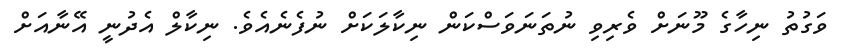
ވަގުތު ނިހާގެ މޫނަށް ވެރިވި ނުތަނަވަސްކަން ނިކާލަކަށް ނުފެނެއެވެ. ނިކާލް އެދުނީ އޭނާއަށް